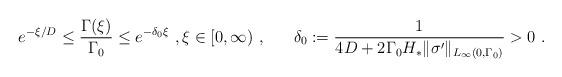
LaTeX: \begin{align*}e^{-\xi/D} \le \frac{\Gamma(\xi)}{\Gamma_0} \le e^{-\delta_0 \xi} \ , \xi\in [0,\infty)\ , \;\;\;\;\;\; \delta_0 := \frac{1}{4D+2\Gamma_0 H_* \|\sigma'\|_{L_\infty(0,\Gamma_0)} }>0\ . \end{align*}